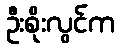
ဦးစိုးလွင်က